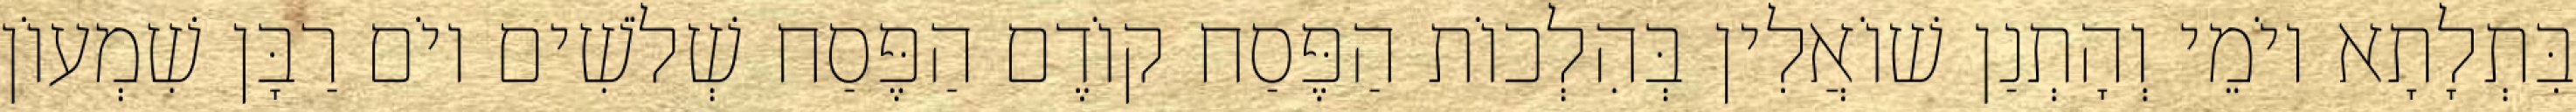
בִּתְלָתָא יוֹמֵי וְהָתְנַן שׁוֹאֲלִין בְּהִלְכוֹת הַפֶּסַח קוֹדֶם הַפֶּסַח שְׁלֹשִׁים יוֹם רַבָּן שִׁמְעוֹן